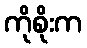
ကိုစိုးက